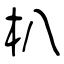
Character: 朳